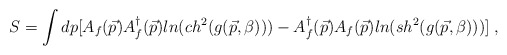
\begin{align*}S=\int dp [A_f(\vec{p})A^\dagger _f(\vec{p})ln(ch^2(g(\vec{p},\beta))) - A^\dagger_f(\vec{p})A_f(\vec{p})ln(sh^2(g(\vec{p},\beta)))] \;,\end{align*}